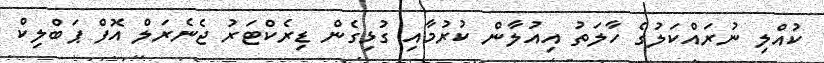
ކުއްލި ނުރައްކަލުގެ ހާލަތު އިއުލާން ކުރުމާއި ގުޅިގެން ޑިރެކްޓަރު ޖެނެރަލް އޮފް ޕަބްލިކް